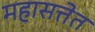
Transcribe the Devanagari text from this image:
महासत्तेत